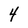
Character: 4